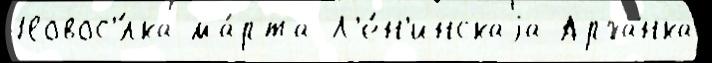
Новос'́лка ма́рта Л'е́н'инскаjа Арханка